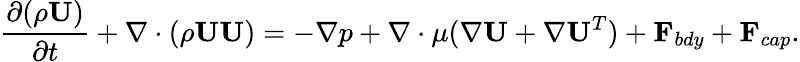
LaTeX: \frac{\partial(\rho\textbf{U})}{\partial t}+\nabla\cdot(\rho\textbf{UU})=-\nabla p+\nabla\cdot\mu(\nabla\textbf{U}+\nabla\textbf{U}^{T})+\textbf{F}_{bdy}+\textbf{F}_{cap}.